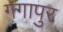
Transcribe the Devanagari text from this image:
गगापुर